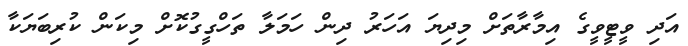
އަދި ވީޓީވީގެ އިމާރާތަށް މިދިޔަ އަހަރު ދިން ހަމަލާ ތަހްގީގުކޮށް މިކަން ކުރިބަޔަކާ